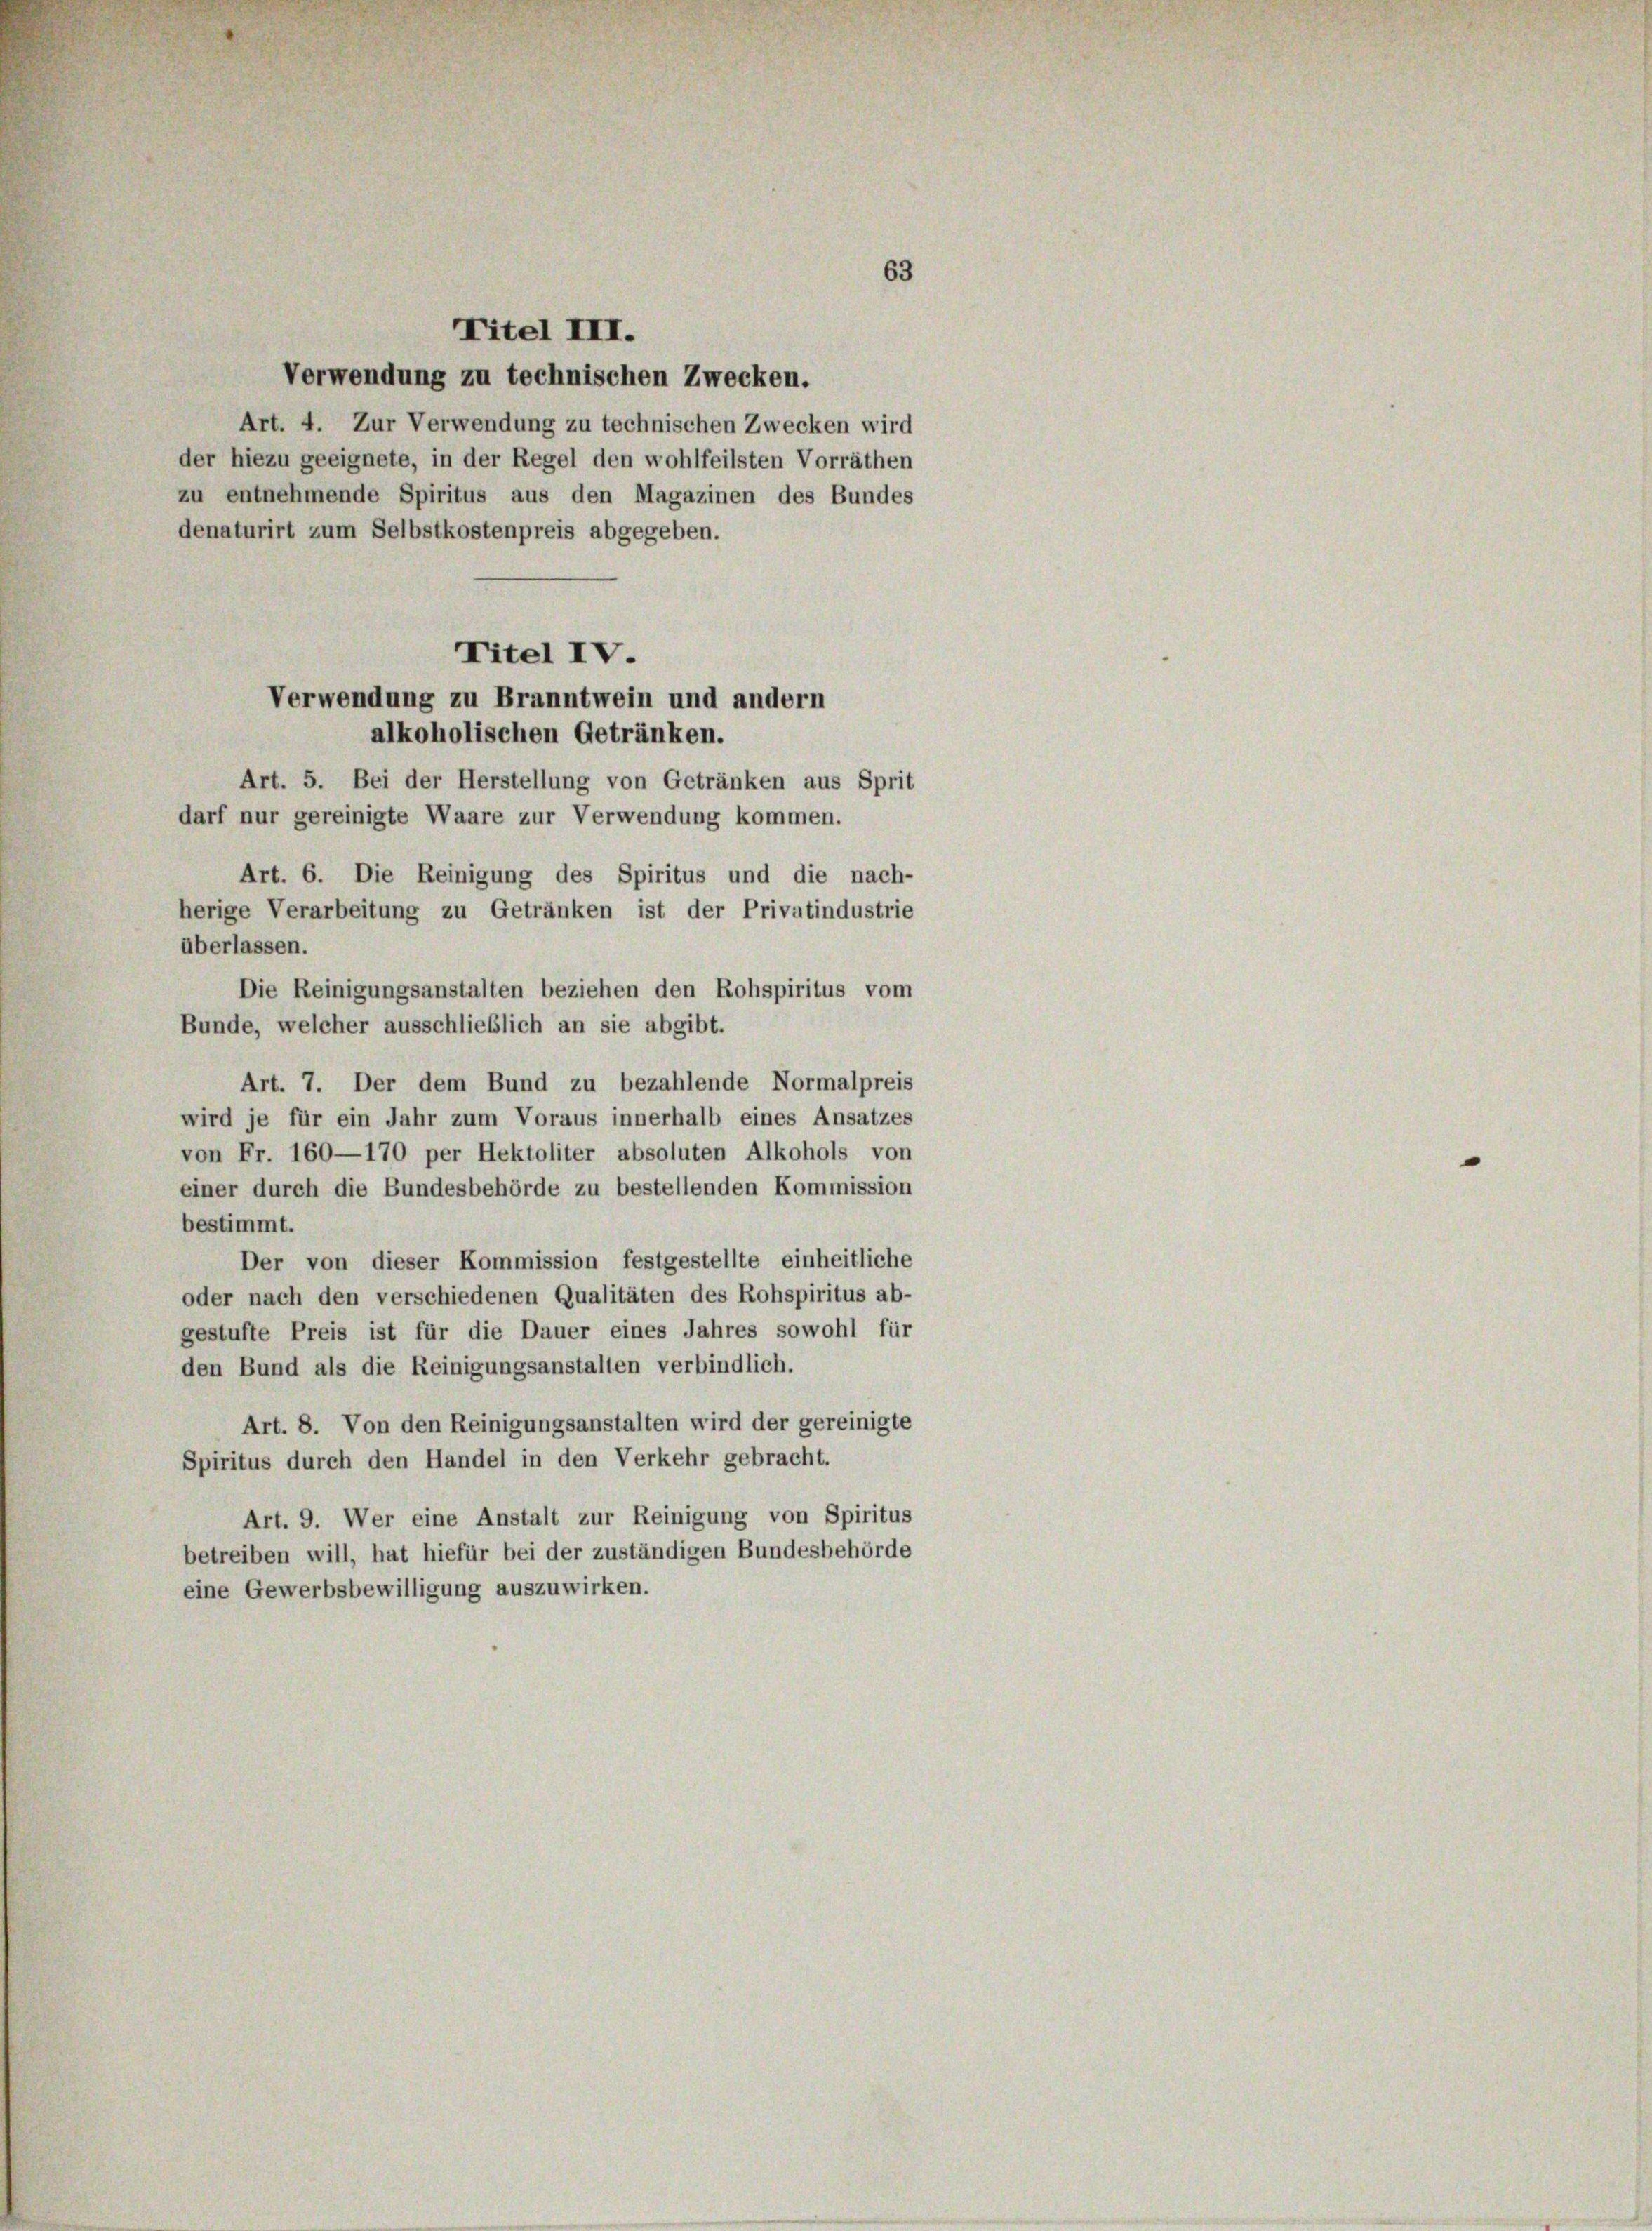
Titel III.
Verwendung zu technischen Zwecken.
Art. 4. Zur Verwendung zu technischen Zwecken wird
der hiezu geeignete, in der Regel den wohlfeilsten Vorräthen
zu entnehmende Spiritus aus den Magazinen des Bundes
denaturirt zum Selbstkostenpreis abgegeben.
Art. 5. Bei der Herstellung von Getränken aus Sprit
darf nur gereinigte Waare zur Verwendung kommen.
Art. 6. Die Reinigung des Spiritus und die nach-
herige Verarbeitung zu Getränken ist der Privatindustrie
überlassen.
Die Reinigungsanstalten beziehen den Rohspiritus vom
Bunde, welcher ausschließlich an sie abgibt.
Art. 7. Der dem Bund zu bezahlende Normalpreis
wird je für ein Jahr zum Voraus innerhalb eines Ansatzes
von Fr. 160—170 per Hektoliter absoluten Alkohols von
einer durch die Bundesbehörde zu bestellenden Kommission
bestimmt.
Der von dieser Kommission festgestellte einheitliche
oder nach den verschiedenen Qualitäten des Rohspiritus ab-
gestufte Preis ist für die Dauer eines Jahres sowohl für
den Bund als die Reinigungsanstalten verbindlich.
Art. 8. Von den Reinigungsanstalten wird der gereinigte
Spiritus durch den Handel in den Verkehr gebracht.
Art. 9. Wer eine Anstalt zur Reinigung von Spiritus
betreiben will, hat hiefür bei der zuständigen Bundesbehörde
eine Gewerbsbewilligung auszuwirken.

Titel IV.
Verwendung zu Branntwein und andern
alkoholischen Getränken.

63